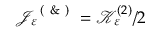
\mathcal { J } _ { \varepsilon } ^ { \mathrm { ~ ( ~ \& ~ ) ~ } } = \mathcal { K } _ { \varepsilon } ^ { ( 2 ) } / 2